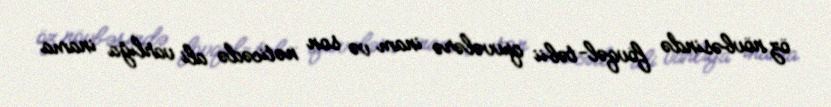
öz növbəsində fövqəl-təbii qüvvələrə inam və son nəticədə ali varlığa inama